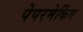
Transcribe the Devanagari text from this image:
पेपरमेकिंग